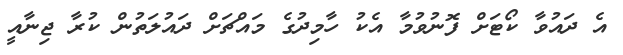
އެ ދައުވާ ކޯޓަށް ފޮނުވުމާ އެކު ހާމިދުގެ މައްޗަށް ދައުލަތުން ކުރާ ޖިނާއީ